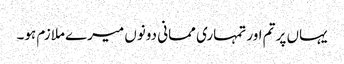
یہاں پر تم اور تمہاری ممانی دونوں میرے ملازم ہو۔